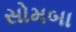
સોમબા